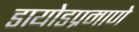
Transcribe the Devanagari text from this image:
डायोडप्रमाणे